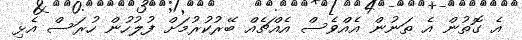
އެ ގޮތުން އެ ތަނުން އެއްވެސް އެއްޗެއް ބޭރުކުރުމަށް ފުލުހުން ހުރަސް އެޅި